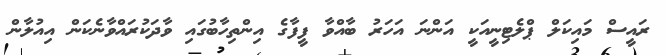
ރައީސް މައިކަލް ޕްލެޓިނީއަކީ އަންނަ އަހަރު ބާއްވާ ފީފާގެ އިންތިހާބުގައި ވާދަކުރައްވާނެކަން އިއުލާން